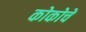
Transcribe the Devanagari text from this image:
कोकोचे